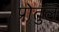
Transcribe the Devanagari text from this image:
प्रोतुल